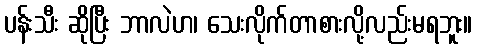
ပန်းသီး ဆိုပြီး ဘာလဲဟ၊ သေးလိုက်တာစားလို့လည်းမရဘူး။